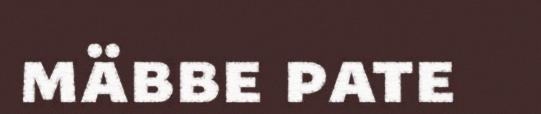
mäbbe pate